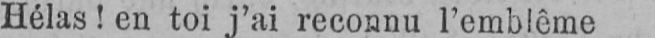
Hélas! en toi j’ai reconnu l’emblème